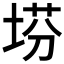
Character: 𡍆